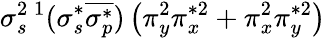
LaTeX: \sigma_{s}^{2}{}\, ^{1}(\sigma_{s}^{*}\overline{{\sigma_{p}^{*}}})\left(\pi_{y}^{2}\pi_{x}^{*2}+\pi_{x}^{2}\pi_{y}^{*2}\right)